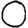
Digit: 0